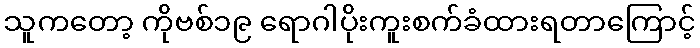
သူကတော့ ကိုဗစ်၁၉ ရောဂါပိုးကူးစက်ခံထားရတာကြောင့်